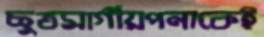
ছুতমার্গীয়পনাকেই